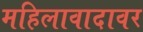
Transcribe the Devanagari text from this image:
महिलावादावर